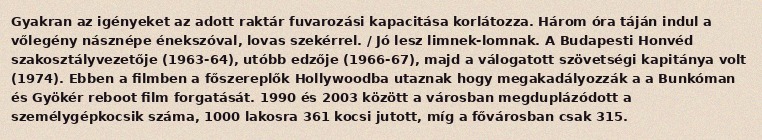
Gyakran az igényeket az adott raktár fuvarozási kapacitása korlátozza. Három óra táján indul a vőlegény násznépe énekszóval, lovas szekérrel. / Jó lesz limnek-lomnak. A Budapesti Honvéd szakosztályvezetője (1963-64), utóbb edzője (1966-67), majd a válogatott szövetségi kapitánya volt (1974). Ebben a filmben a főszereplők Hollywoodba utaznak hogy megakadályozzák a a Bunkóman és Gyökér reboot film forgatását. 1990 és 2003 között a városban megduplázódott a személygépkocsik száma, 1000 lakosra 361 kocsi jutott, míg a fővárosban csak 315.